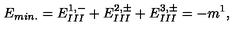
E _ { m i n . } = E _ { I I I } ^ { 1 , - } + E _ { I I I } ^ { 2 , \pm } + E _ { I I I } ^ { 3 , \pm } = - m ^ { 1 } ,